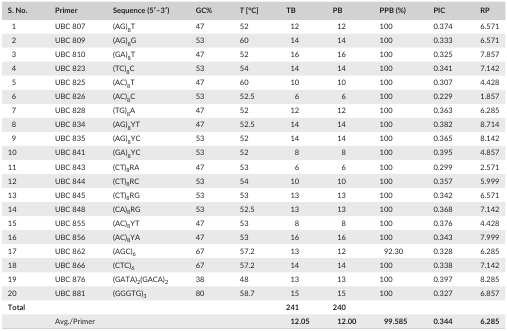
<table><thead><tr><td><b>S. No.</b></td><td><b>Primer</b></td><td><b>Sequence (5′–3′)</b></td><td><b>GC%</b></td><td><b><i>T</i> [°C]</b></td><td><b>TB</b></td><td><b>PB</b></td><td><b>PPB (%)</b></td><td><b>PIC</b></td><td><b>RP</b></td></tr></thead><tbody><tr><td>1</td><td>UBC 807</td><td>(AG)<sub>8</sub>T</td><td>47</td><td>52</td><td>12</td><td>12</td><td>100</td><td>0.374</td><td>6.571</td></tr><tr><td>2</td><td>UBC 809</td><td>(AG)<sub>8</sub>G</td><td>53</td><td>60</td><td>14</td><td>14</td><td>100</td><td>0.333</td><td>6.571</td></tr><tr><td>3</td><td>UBC 810</td><td>(GA)<sub>8</sub>T</td><td>47</td><td>52</td><td>16</td><td>16</td><td>100</td><td>0.325</td><td>7.857</td></tr><tr><td>4</td><td>UBC 823</td><td>(TC)<sub>8</sub>C</td><td>53</td><td>54</td><td>14</td><td>14</td><td>100</td><td>0.341</td><td>7.142</td></tr><tr><td>5</td><td>UBC 825</td><td>(AC)<sub>8</sub>T</td><td>47</td><td>60</td><td>10</td><td>10</td><td>100</td><td>0.307</td><td>4.428</td></tr><tr><td>6</td><td>UBC 826</td><td>(AC)<sub>8</sub>C</td><td>53</td><td>52.5</td><td>6</td><td>6</td><td>100</td><td>0.229</td><td>1.857</td></tr><tr><td>7</td><td>UBC 828</td><td>(TG)<sub>8</sub>A</td><td>47</td><td>52</td><td>12</td><td>12</td><td>100</td><td>0.363</td><td>6.285</td></tr><tr><td>8</td><td>UBC 834</td><td>(AG)<sub>8</sub>YT</td><td>47</td><td>52.5</td><td>14</td><td>14</td><td>100</td><td>0.382</td><td>8.714</td></tr><tr><td>9</td><td>UBC 835</td><td>(AG)<sub>8</sub>YC</td><td>53</td><td>52</td><td>14</td><td>14</td><td>100</td><td>0.365</td><td>8.142</td></tr><tr><td>10</td><td>UBC 841</td><td>(GA)<sub>8</sub>YC</td><td>53</td><td>52</td><td>8</td><td>8</td><td>100</td><td>0.395</td><td>4.857</td></tr><tr><td>11</td><td>UBC 843</td><td>(CT)<sub>8</sub>RA</td><td>47</td><td>53</td><td>6</td><td>6</td><td>100</td><td>0.299</td><td>2.571</td></tr><tr><td>12</td><td>UBC 844</td><td>(CT)<sub>8</sub>RC</td><td>53</td><td>54</td><td>10</td><td>10</td><td>100</td><td>0.357</td><td>5.999</td></tr><tr><td>13</td><td>UBC 845</td><td>(CT)<sub>8</sub>RG</td><td>53</td><td>53</td><td>13</td><td>13</td><td>100</td><td>0.342</td><td>6.571</td></tr><tr><td>14</td><td>UBC 848</td><td>(CA)<sub>8</sub>RG</td><td>53</td><td>52.5</td><td>13</td><td>13</td><td>100</td><td>0.368</td><td>7.142</td></tr><tr><td>15</td><td>UBC 855</td><td>(AC)<sub>8</sub>YT</td><td>47</td><td>53</td><td>8</td><td>8</td><td>100</td><td>0.376</td><td>4.428</td></tr><tr><td>16</td><td>UBC 856</td><td>(AC)<sub>8</sub>YA</td><td>47</td><td>53</td><td>16</td><td>16</td><td>100</td><td>0.343</td><td>7.999</td></tr><tr><td>17</td><td>UBC 862</td><td>(AGC)<sub>6</sub></td><td>67</td><td>57.2</td><td>13</td><td>12</td><td>92.30</td><td>0.328</td><td>6.285</td></tr><tr><td>18</td><td>UBC 866</td><td>(CTC)<sub>6</sub></td><td>67</td><td>57.2</td><td>14</td><td>14</td><td>100</td><td>0.338</td><td>7.142</td></tr><tr><td>19</td><td>UBC 876</td><td>(GATA)<sub>2</sub>(GACA)<sub>2</sub></td><td>38</td><td>48</td><td>13</td><td>13</td><td>100</td><td>0.397</td><td>8.285</td></tr><tr><td>20</td><td>UBC 881</td><td>(GGGTG)<sub>3</sub></td><td>80</td><td>58.7</td><td>15</td><td>15</td><td>100</td><td>0.327</td><td>6.857</td></tr><tr><td><b>Total</b></td><td></td><td></td><td></td><td></td><td><b>241</b></td><td><b>240</b></td><td></td><td></td><td></td></tr><tr><td></td><td>Avg./Primer</td><td></td><td></td><td></td><td><b>12.05</b></td><td><b>12.00</b></td><td><b>99.585</b></td><td><b>0.344</b></td><td><b>6.285</b></td></tr></tbody></table>